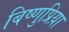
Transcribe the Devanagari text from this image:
बिष्णुप्रिय़ा